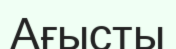
Ағысты